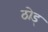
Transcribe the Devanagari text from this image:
ठोड्